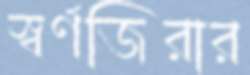
স্বর্ণজিরার